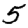
Digit: 5